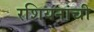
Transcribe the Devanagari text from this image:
रशियनांची